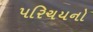
પરિચયનો